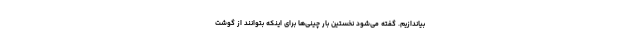
بیاندازیم. گفته می‌شود نخستین بار چینی‌ها برای اینکه بتوانند از گوشت